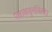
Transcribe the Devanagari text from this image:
पक्षाकडूनजिल्हा